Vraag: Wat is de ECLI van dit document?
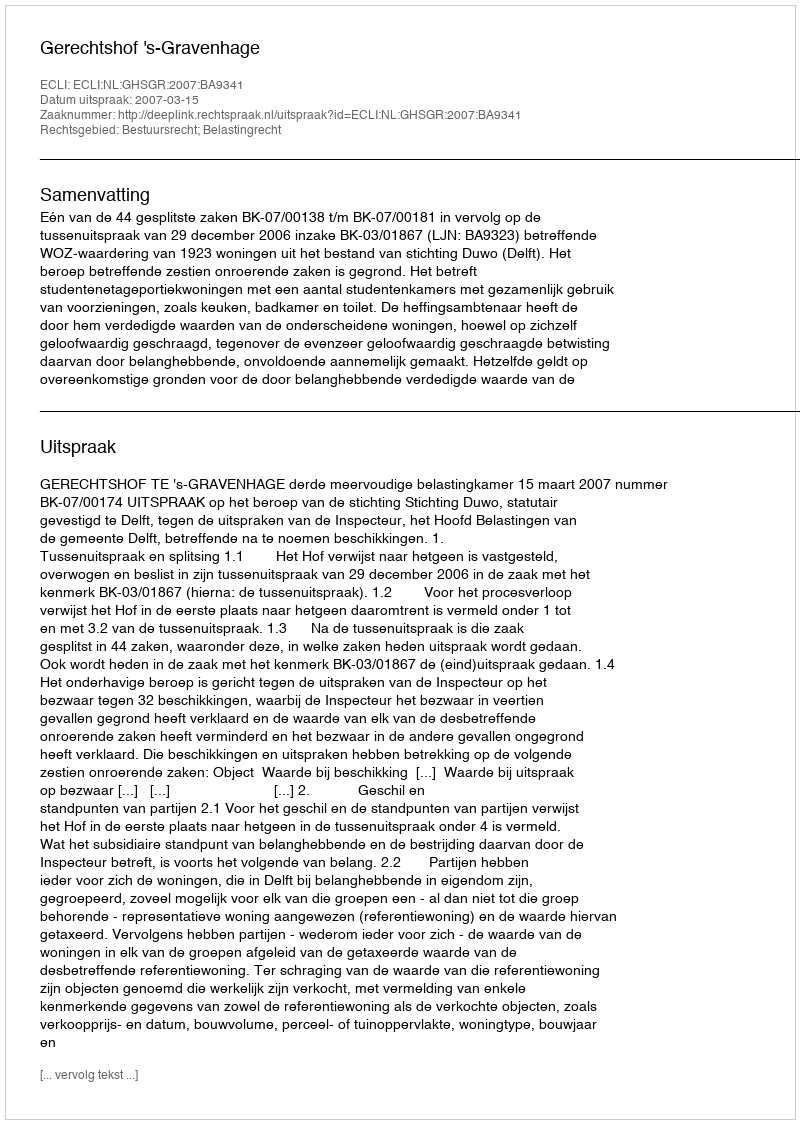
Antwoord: ECLI:NL:GHSGR:2007:BA9341